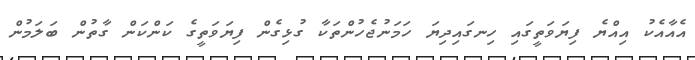
އެެއާއެކު އިއްޔެ ފިޔަވަތީގައި ހިނގައިދިޔަ ހަމަނުޖެހުންތަކާ ގުޅިގެން ފިޔަވަތީގެ ކަންކަން ގާތުން ބަލަމުން